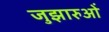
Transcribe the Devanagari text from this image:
जुझारुओं